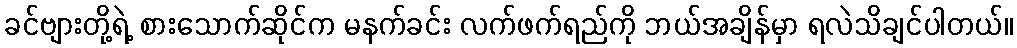
ခင်ဗျားတို့ရဲ့ စားသောက်ဆိုင်က မနက်ခင်း လက်ဖက်ရည်ကို ဘယ်အချိန်မှာ ရလဲသိချင်ပါတယ်။